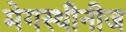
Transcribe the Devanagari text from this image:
मेगस्थीनीज